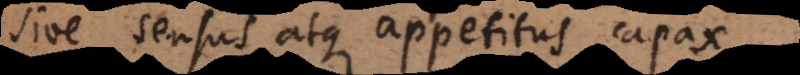
sive sensus atque appetitus capax.